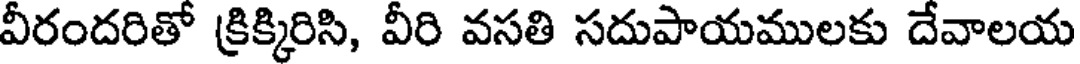
వీరందరితో క్రిక్కిరిసి, వీరి వసతి సదుపాయములకు దేవాలయ